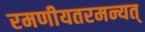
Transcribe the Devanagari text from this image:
रमणीयतरमन्यत्